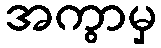
အကွာမှ